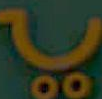
با